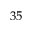
3 5